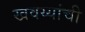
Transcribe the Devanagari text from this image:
खवय्यांची